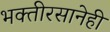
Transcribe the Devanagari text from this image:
भक्तीरसानेही